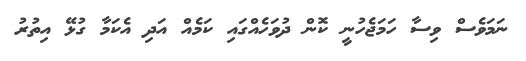
ނަމަވެސް ވިސާ ހަމަޖެހުނީ ކޮން ދުވަހެއްގައި ކަމެއް އަދި އެކަމާ ގުޅޭ އިތުރު